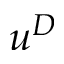
u ^ { D }